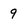
Character: 9